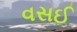
વસઈ